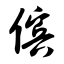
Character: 傧